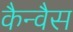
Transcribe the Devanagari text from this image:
कैन्वैस